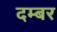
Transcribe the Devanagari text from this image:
दम्बर